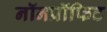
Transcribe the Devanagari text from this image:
नॉनप्रॉफिट